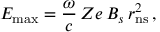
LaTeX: E _ { \mathrm { m a x } } = \frac { \omega } { c } \, Z e \, B _ { s } \, r _ { \mathrm { n s } } ^ { 2 } \, ,